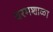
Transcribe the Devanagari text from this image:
धरमशाळा